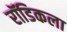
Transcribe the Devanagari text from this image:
रॉडिकला